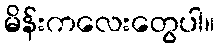
မိန်းကလေးတွေပါ။